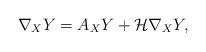
LaTeX: \begin{align*}\nabla_X Y = A_X Y + \mathcal{H} \nabla_X Y,\end{align*}